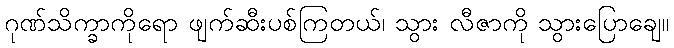
ဂုဏ်သိက္ခာကိုရော ဖျက်ဆီးပစ်ကြတယ်၊ သွား လီဇာကို သွားပြောချေ။